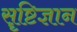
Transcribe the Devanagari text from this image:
सॄष्टिज्ञान